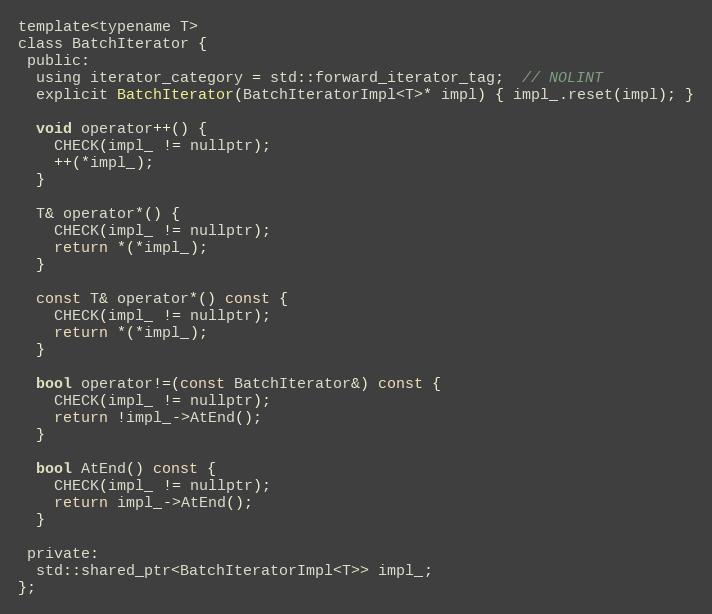
Language: C
template<typename T>
class BatchIterator {
 public:
  using iterator_category = std::forward_iterator_tag;  // NOLINT
  explicit BatchIterator(BatchIteratorImpl<T>* impl) { impl_.reset(impl); }

  void operator++() {
    CHECK(impl_ != nullptr);
    ++(*impl_);
  }

  T& operator*() {
    CHECK(impl_ != nullptr);
    return *(*impl_);
  }

  const T& operator*() const {
    CHECK(impl_ != nullptr);
    return *(*impl_);
  }

  bool operator!=(const BatchIterator&) const {
    CHECK(impl_ != nullptr);
    return !impl_->AtEnd();
  }

  bool AtEnd() const {
    CHECK(impl_ != nullptr);
    return impl_->AtEnd();
  }

 private:
  std::shared_ptr<BatchIteratorImpl<T>> impl_;
};